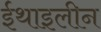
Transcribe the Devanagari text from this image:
ईथाइलीन